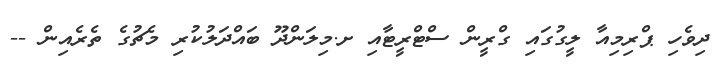
ދިވެހި ޕްރިމިއާ ލީގުގައި ގްރީން ސްޓްރީޓާއި ށ.މިލަންދޫ ބައްދަލުކުރި މެޗުގެ ތެރެއިން --